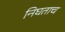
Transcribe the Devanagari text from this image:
निघताच